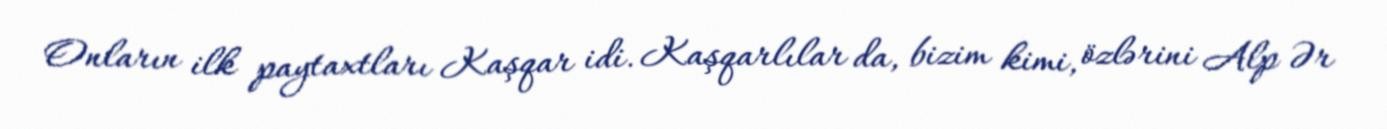
Onların ilk paytaxtları Kaşqar idi. Kaşqarlılar da, bizim kimi, özlərini Alp Ər